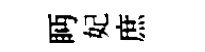
眄妃庶